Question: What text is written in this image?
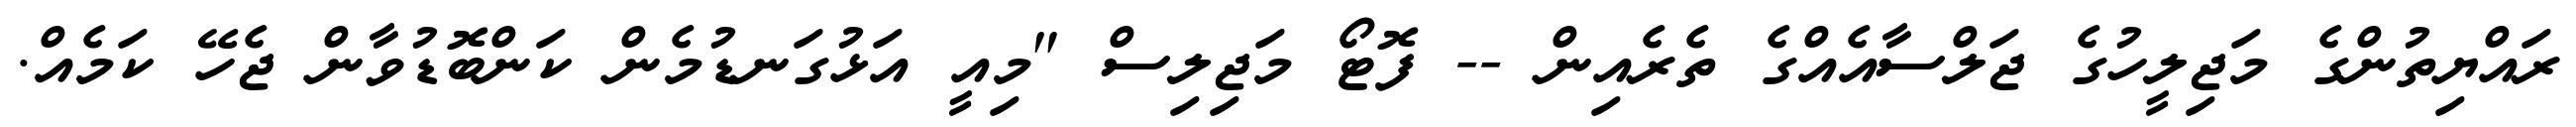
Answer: ރައްޔިތުންގެ މަޖިލީހުގެ ޖަލްސާއެއްގެ ތެރެއިން -- ފޮޓޯ މަޖިލިސް "މިއީ އަޅުގަނޑުމެން ކަންބޮޑުވާން ޖެހޭ ކަމެއް.